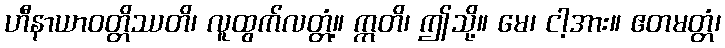
ဟီနာယာဝတ္တိဿတိ၊ လူထွက်လတ္တံ့။ ဣတိ၊ ဤသို့။ မေ၊ ငါ့အား။ ဧတမတ္တံ၊